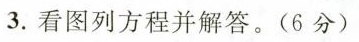
3.看图列方程并解答。(6分)